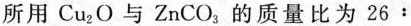
所用Cu_{2}O与ZnCO_{3}的质量比为26：